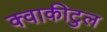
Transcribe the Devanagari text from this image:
क्वाकीटुल